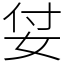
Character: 姇